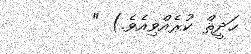
ޙަދީޘް ކުރެއްވިއެވެ.) "